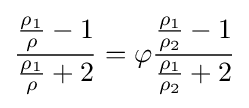
{\frac {{\frac {\rho _{1}}{\rho }}-1}{{\frac {\rho _{1}}{\rho }}+2}}=\varphi {\frac {{\frac {\rho _{1}}{\rho _{2}}}-1}{{\frac {\rho _{1}}{\rho _{2}}}+2}}